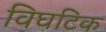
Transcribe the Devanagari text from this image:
विघटिक